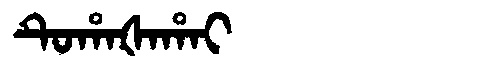
Manchu: ᡨᡠᡥᠠᡧᠠᡥᠠᡳ
Romanization: TUHAŠAHAI